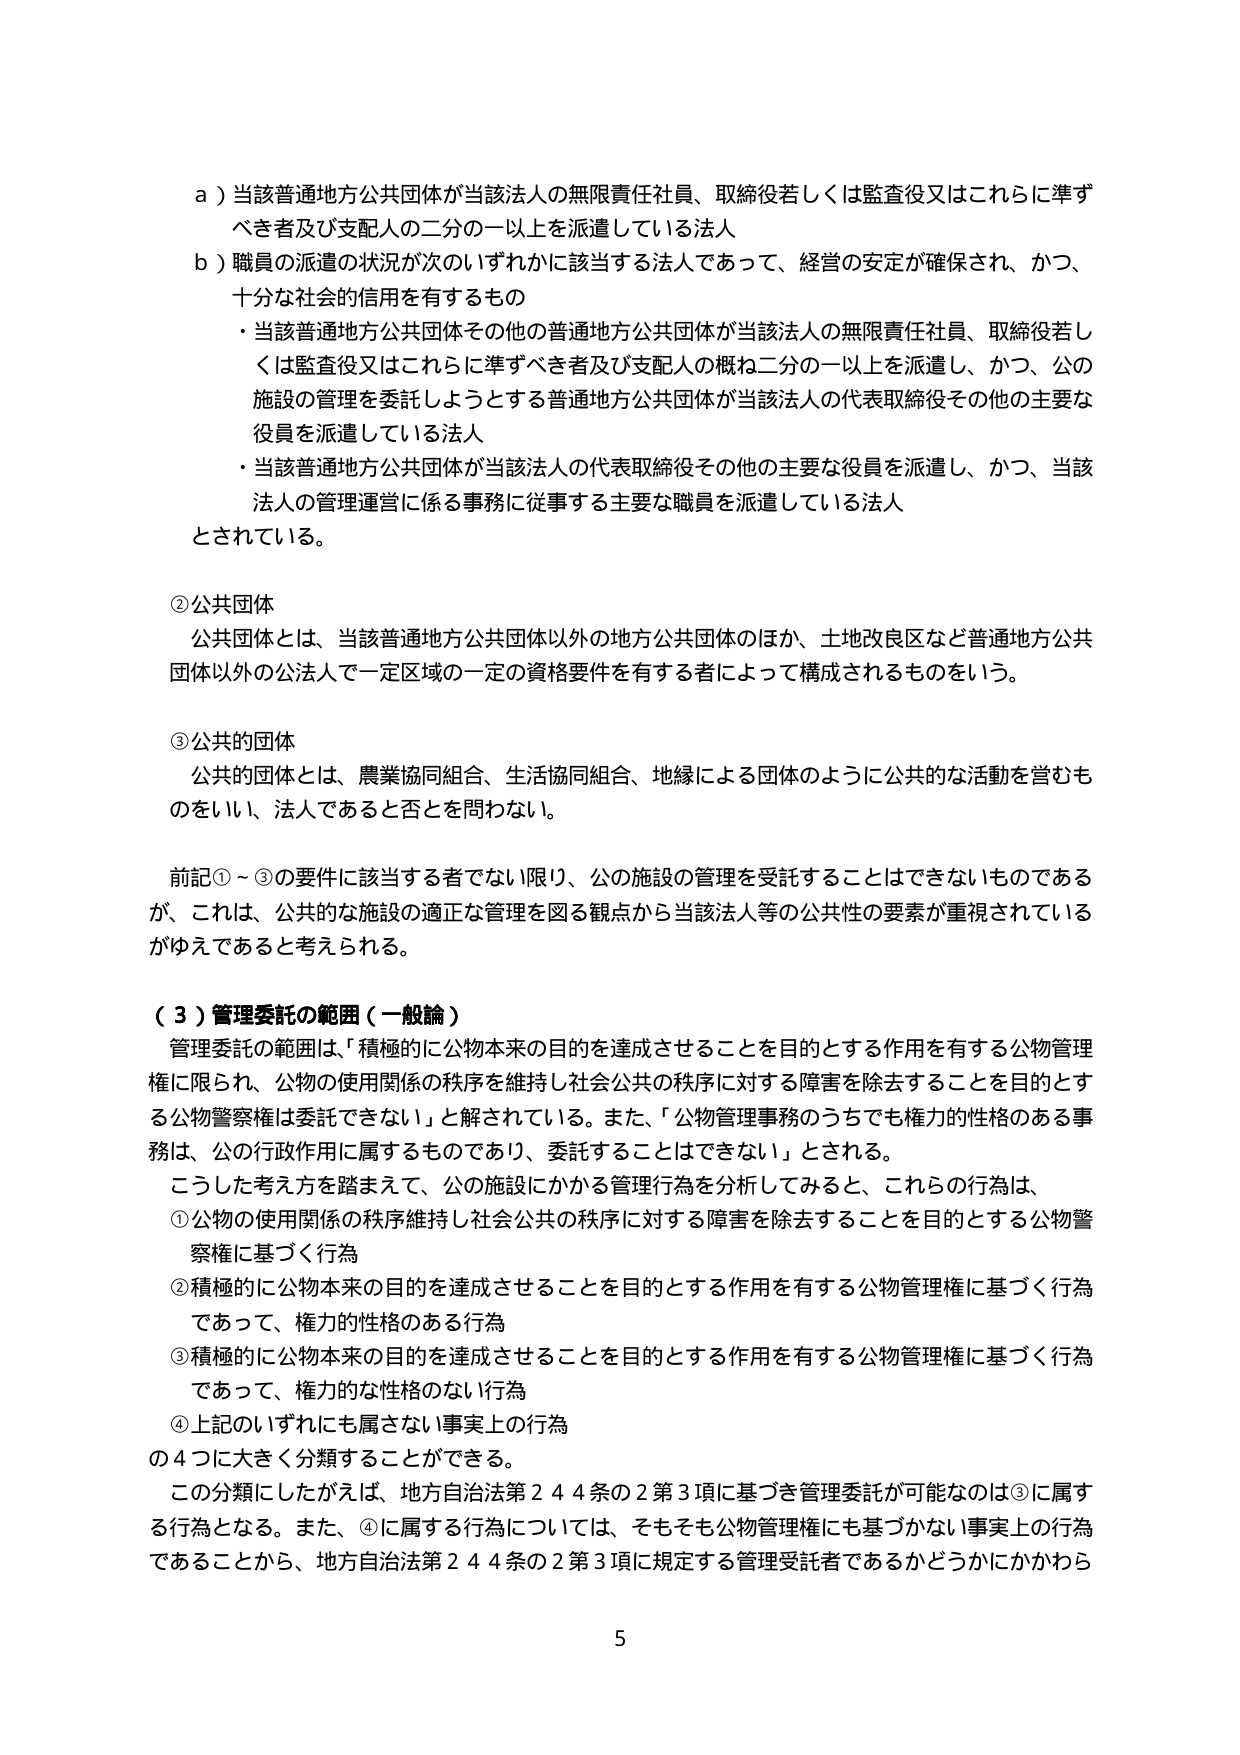
a）当該普通地方公共団体が当該法人の無限責任社員、取締役若しくは監査役又はこれらに準ずべき者及び支配人の二分の一以上を派遣している法人
b）職員の派遣の状況が次のいずれかに該当する法人であって、経営の安定が確保され、かつ、十分な社会的信用を有するもの
・当該普通地方公共団体その他の普通地方公共団体が当該法人の無限責任社員、取締役若しくは監査役又はこれらに準ずべき者及び支配人の概ね二分の一以上を派遣し、かつ、公の施設の管理を委託しようとする普通地方公共団体が当該法人の代表取締役その他の主要な役員を派遣している法人
・当該普通地方公共団体が当該法人の代表取締役その他の主要な役員を派遣し、かつ、当該法人の管理運営に係る事務に従事する主要な職員を派遣している法人
とされている。

②公共団体
公共団体とは、当該普通地方公共団体以外の地方公共団体のほか、土地改良区など普通地方公共団体以外の公法人で一定区域の一定の資格要件を有する者によって構成されるものをいう。

③公共的団体
公共的団体とは、農業協同組合、生活協同組合、地縁による団体のように公共的な活動を営むものをいい、法人であると否とを問わない。

前記①～③の要件に該当する者でない限り、公の施設の管理を受託することはできないものであるが、これは、公共的な施設の適正な管理を図る観点から当該法人等の公共性の要素が重視されているがゆえであると考えられる。

（３）管理委託の範囲（一般論）
管理委託の範囲は、「積極的に公物本来の目的を達成させることを目的とする作用を有する公物管理権に限られ、公物の使用関係の秩序を維持し社会公共の秩序に対する障害を除去することを目的とする公物警察権は委託できない」と解されている。また、「公物管理事務のうちでも権力的性格のある事務は、公の行政作用に属するものであり、委託することはできない」とされる。
こうした考え方を踏まえて、公の施設にかかる管理行為を分析してみると、これらの行為は、
①公物の使用関係の秩序維持し社会公共の秩序に対する障害を除去することを目的とする公物警察権に基づく行為
②積極的に公物本来の目的を達成させることを目的とする作用を有する公物管理権に基づく行為であって、権力的性格のある行為
③積極的に公物本来の目的を達成させることを目的とする作用を有する公物管理権に基づく行為であって、権力的な性格のない行為
④上記のいずれにも属さない事実上の行為
の４つに大きく分類することができる。
この分類にしたがえば、地方自治法第244条の2第3項に基づき管理委託が可能なのは③に属する行為となる。また、④に属する行為については、そもそも公物管理権にも基づかない事実上の行為であることから、地方自治法第244条の2第3項に規定する管理受託者であるかどうかにかかわらず

5